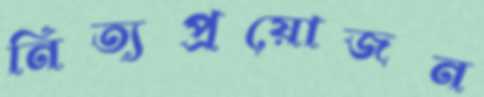
নিত্যপ্রয়োজন